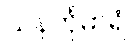
သနင်္ကုမာရံ